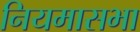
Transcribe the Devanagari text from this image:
नियमासभा